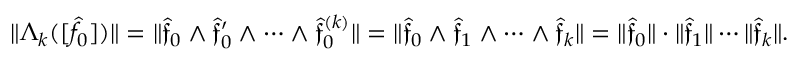
\| \Lambda _ { k } ( [ \hat { f } _ { 0 } ] ) \| = \| \hat { \mathfrak f } _ { 0 } \wedge \hat { \mathfrak f } _ { 0 } ^ { \prime } \wedge \cdots \wedge \hat { \mathfrak f } _ { 0 } ^ { ( k ) } \| = \| \hat { \mathfrak f } _ { 0 } \wedge \hat { \mathfrak f } _ { 1 } \wedge \cdots \wedge \hat { \mathfrak f } _ { k } \| = \| \hat { \mathfrak f } _ { 0 } \| \cdot \| \hat { \mathfrak f } _ { 1 } \| \cdots \| \hat { \mathfrak f } _ { k } \| .